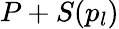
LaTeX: P+S(p_{l})